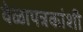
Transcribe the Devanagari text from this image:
वेळापत्रकांशी